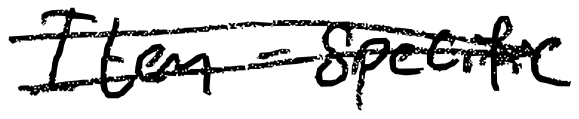
Text: Item-specific
Cross-out: double-line
Writing tool: digital_black